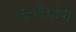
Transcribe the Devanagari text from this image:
एसटीओपी